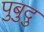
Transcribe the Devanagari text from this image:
पुबुदु